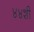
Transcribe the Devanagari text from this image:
४४शी